65_HS1-834228961_62-HQ-83894_Section_3
Agency: FBI
Page 27
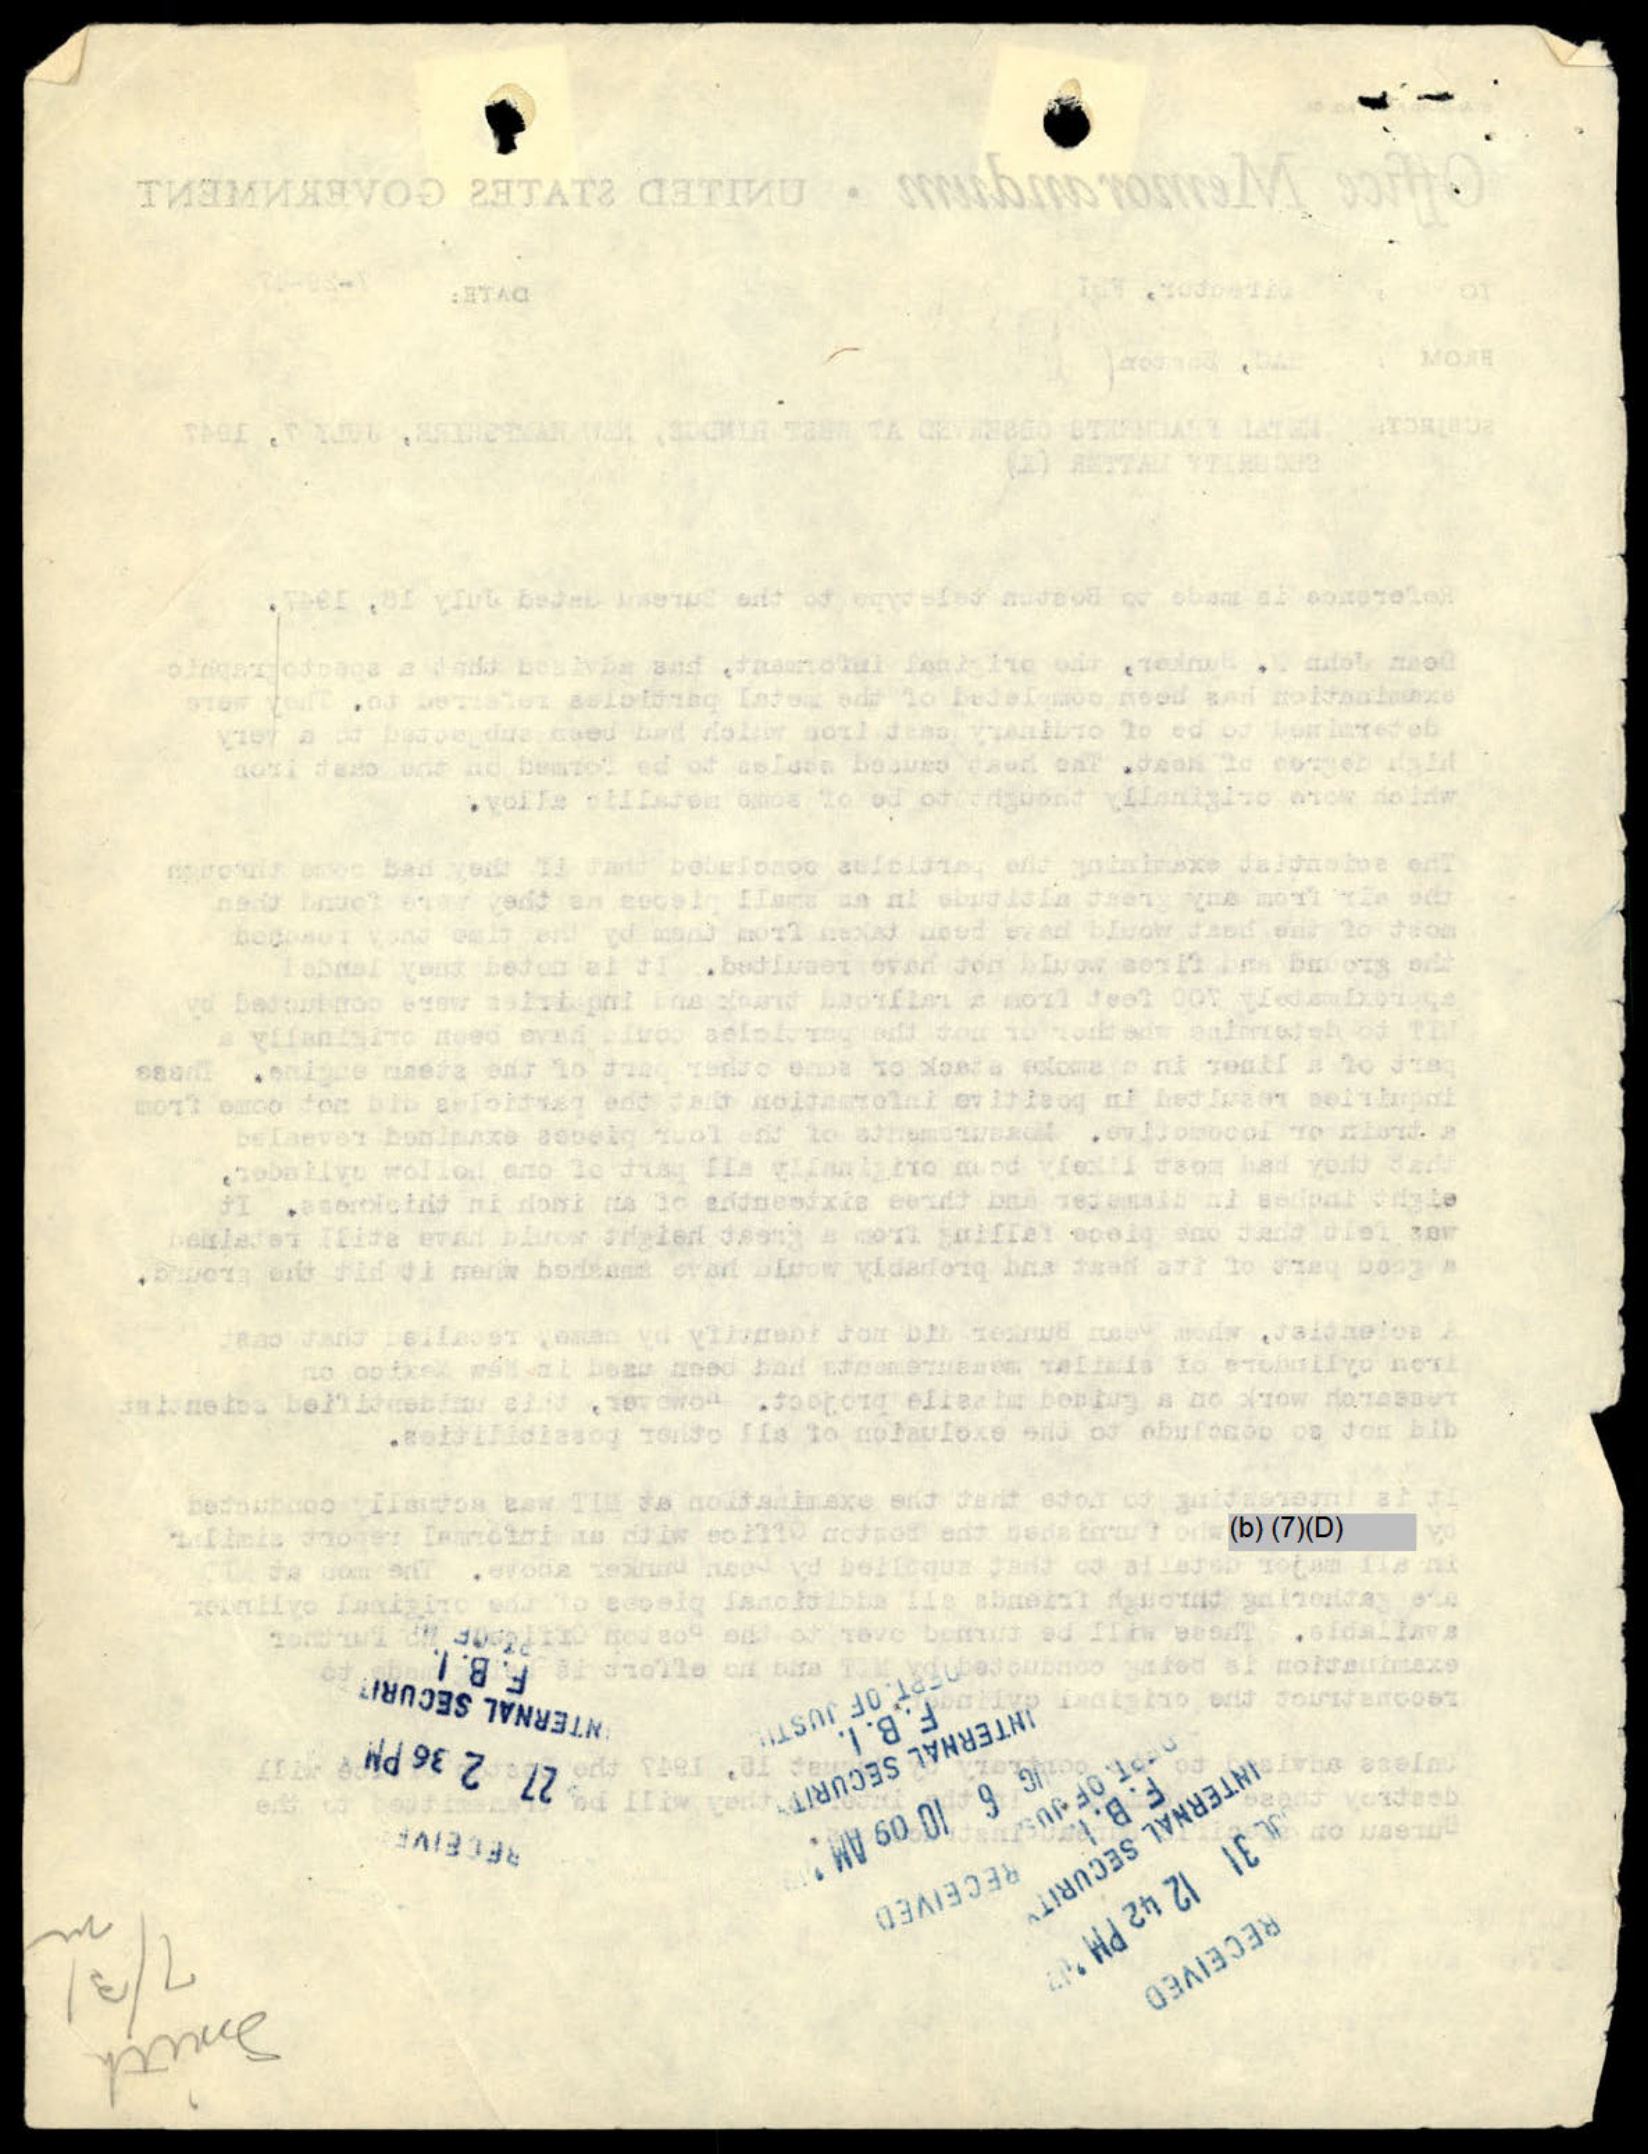